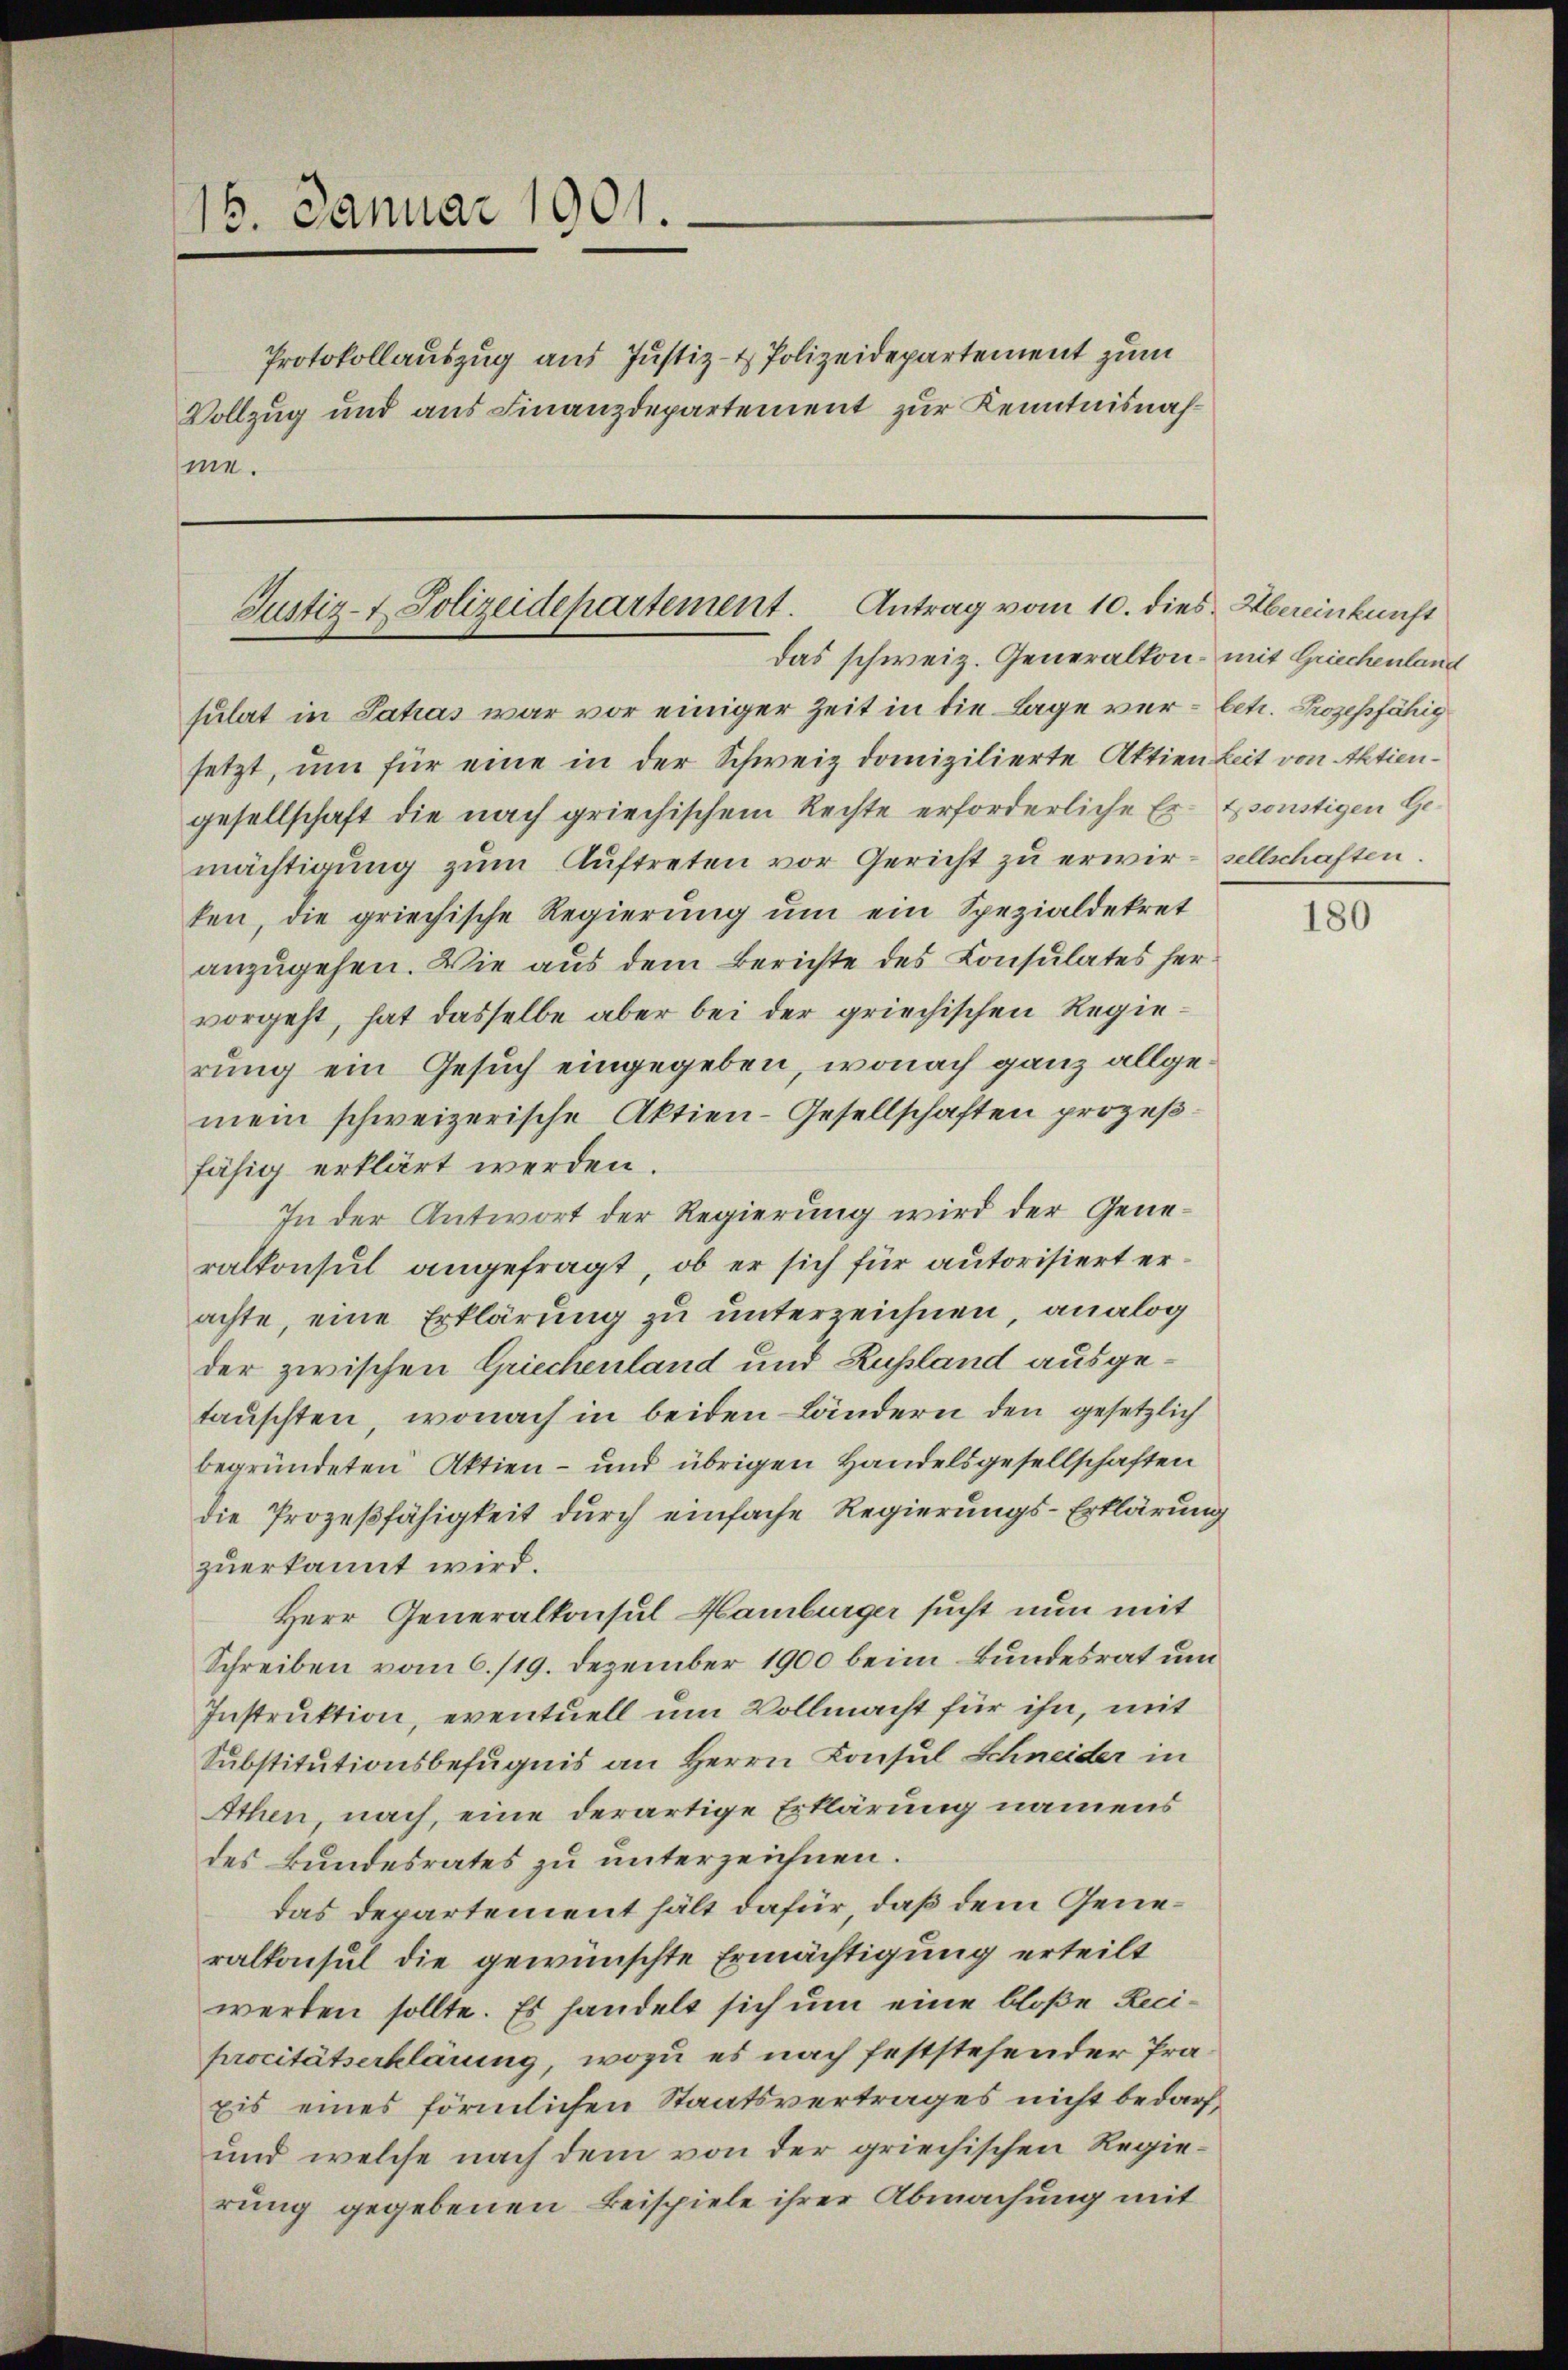
16. Januar 1901.

me.

Protokollauszug aus Justiz- & Polizeidepartement zum
Vollzug und aus Finanzdepartement zur Kenntnisnah¬

Justiz- & Polizeidepartement. Antrag vom 10. dies Abereinkunft

das schweiz. Generalkon mit Griechenland

sulat in Satias war vor einiger Zeit in die Lage ver- betr. Prozessfähig
setzt, um für eine in der Schweiz domizilierte Aktien Zeit von Aktiengesellschaft die nach griechischem Rechte erforderliche Er-Esonstigen Ge
mächtigung zum Auftreten vor Gericht zu erwir-sellschaften.
ten, die griechische Regierŭng ŭm ein Spezialdekret
anzugehen. Wie aus dem Berichte des Consulates hervorgeht, hat dasselbe aber bei der griechischen Regierung ein Gesuch eingegeben, wonach ganz allgemein schweizerische Aktien-Gesellschaften prozeßfähig erklärt werden.
In der Antwort der Regierung wird der Generalkonsul angefragt, ob er sich für autorisiert erachte, eine Erklärung zu unterzeichnen, analog
der zwischen Griechenland und Rußland ausgetauschten, wonach in beiden Ländern den gesetzlich
begründeten Aktien- und übrigen Handelsgesellschaften
die Prozeßfähigkeit durch einfache Regierungs-Erklärung
zuerkannt wird.
Herr Generalkonsul Hamburger sucht nun mit
Schreiben vom 6./19. Dezember 1900 beim Bundesrat um
Instruktion, eventuell um Vollmacht für ihn, mit
Substitutionsbefugnis an Herrn Konsul Schneider in
Athen nach, eine derartige Erklärung namens
des Bundesrates zu unterzeichnen.
das Departement hält dafür, daß dem Generalkonsul die gewünschte Ermächtigung erteilt
werden sollte. Es handelt sich um eine bloße Reciprocitätserklärung, wozu es nach feststehender Präxis eines förmlichen Staatsvertrages nicht bedarf,
und welche nach dem von der griechischen Regierung gegebenen Beispiele ihrer Abmachung mit

180